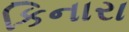
કિનારા